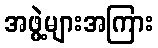
အဖွဲ့များအကြား